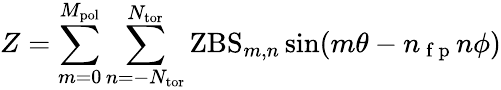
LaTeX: Z=\sum_{m=0}^{M_{\mathrm{pol}}}\sum_{n=-N_{\mathrm{tor}}}^{N_{\mathrm{tor}}}\mathrm{ZBS}_{m,n}\sin(m\theta-n_{\mathrm{~f~p~}}n\phi)